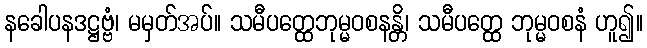
နခေါပနဒဋ္ဌဗ္ဗံ၊ မမှတ်အပ်။ သမီပတ္ထေဘုမ္မဝစနန္တိ၊ သမီပတ္ထေ ဘုမ္မဝစနံ ဟူ၍။